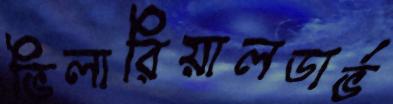
ভিলারিয়ালডার্ভ